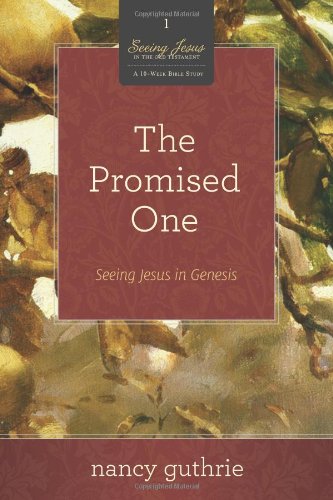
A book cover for The Promised One (A 10-week Bible Study): Seeing Jesus in Genesis (Seeing Jesus in the Old Testament); Nancy Guthrie; Christian Books & Bibles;